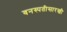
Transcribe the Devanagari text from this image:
वनस्पतीसारखी